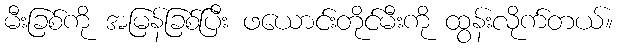
မီးခြစ်ကို အမြန်ခြစ်ပြီး ဖယောင်းတိုင်မီးကို ထွန်းလိုက်တယ်။